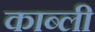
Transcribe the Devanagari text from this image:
काब्ली